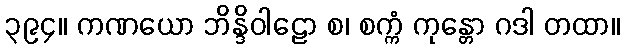
၃၉၄။ ကဏယော ဘိန္ဒိဝါဠော စ၊ စက္ကံ ကုန္တော ဂဒါ တထာ။